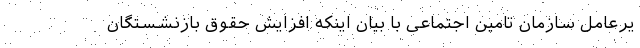
یرعامل سازمان تامین اجتماعی با بیان اینکه افزایش حقوق بازنشستگان